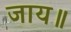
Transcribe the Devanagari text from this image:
जाय॥